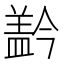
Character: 𰥂